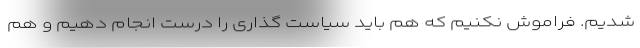
شدیم. فراموش نکنیم که هم باید سیاست گذاری را درست انجام دهیم و هم